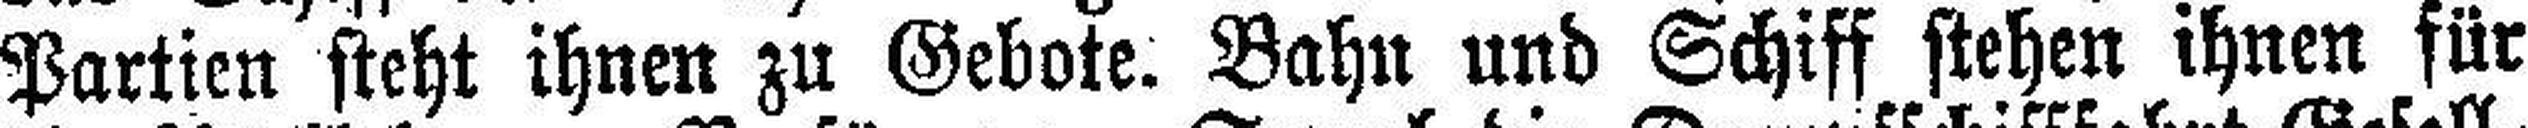
Partien steht ihnen zu Gebote. Bahn und Schiff stehen ihnen für